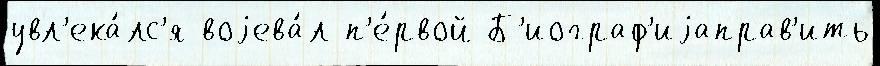
увл'ека́лс'я воjева́л п'е́рвой Б'иограф'иjаправ'ить